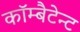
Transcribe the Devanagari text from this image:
कॉम्बैटेन्ट